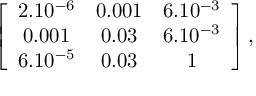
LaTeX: \left[ \begin{array} { c c c } { { 2 . 1 0 ^ { - 6 } } } & { { 0 . 0 0 1 } } & { { 6 . 1 0 ^ { - 3 } } } \\ { { 0 . 0 0 1 } } & { { 0 . 0 3 } } & { { 6 . 1 0 ^ { - 3 } } } \\ { { 6 . 1 0 ^ { - 5 } } } & { { 0 . 0 3 } } & { { 1 } } \end{array} \right] ,